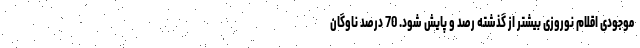
موجودی اقلام نوروزی بیشتر از گذشته رصد و پایش شود. 70 درصد ناوگان